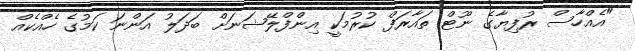
"އެއްހާސް ރުފިޔާގެ ނޫޓް ތައާރަފް ކުރުމަކީ އިންފްލޭޝަނަށް ބަދަލު އަންނަ ކަމުގެ ހެއްކެއް